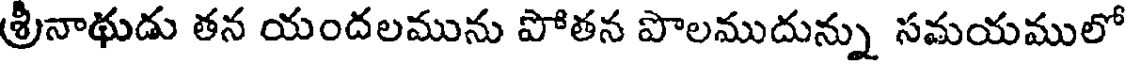
శ్రీనాథుడు తన యందలమును పోతన పొలముదున్ను సమయములో